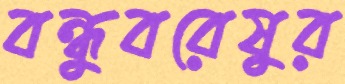
বন্ধুবরেষুর